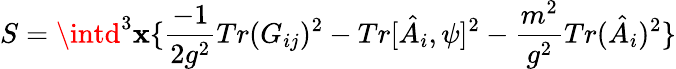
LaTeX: S=\intd^{3}\mathbf{x}\{ \frac{{-1}}{{2g^{2}}}Tr(G_{ij})^{2}-Tr[\hat{{A}}_{i},\psi]^{2}-\frac{{m^{2}}}{{g^{2}}}Tr(\hat{{A}}_{i})^{2}\}